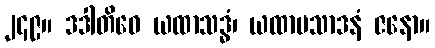
၂၄၉။ ဒဒါတိဝေ ယထာသဒ္ဓံ၊ ယထာပသာဒနံ ဇနော။